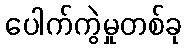
ပေါက်ကွဲမှုတစ်ခု